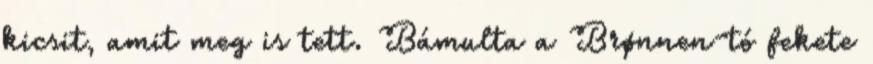
kicsit, amit meg is tett. Bámulta a Brønnen-tó fekete